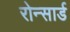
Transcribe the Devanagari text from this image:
रोन्सार्ड